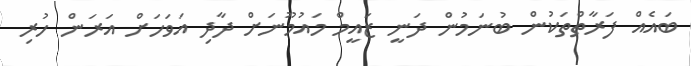
ބައެއް ފަރާތްތަކުން ބުނަމުން ދަނީ ޒައީމް މައުމޫނަށް ދާދި އަވަހަށް އަރަން ހުރި